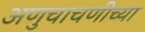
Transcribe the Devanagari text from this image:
अणुचाचणीच्या